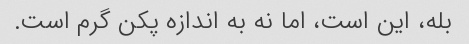
بله، این است، اما نه به اندازه پکن گرم است.